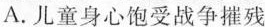
A.儿童身心饱受战争摧残